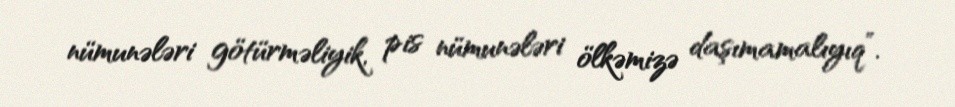
nümunələri götürməliyik, pis nümunələri ölkəmizə daşımamalıyıq”.